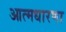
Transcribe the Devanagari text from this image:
आत्मधारणा